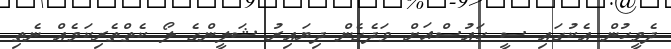
ދެމީހުން އެކުގައި ސީ ހައުސްއަށް ވަދެގެން ދިޔައިރު ޝަލީންގެ ލޯ ކެތްތެރިކަމެއް ނެތި